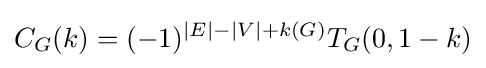
C_{G}(k)=(-1)^{|E|-|V|+k(G)}T_{G}(0,1-k)